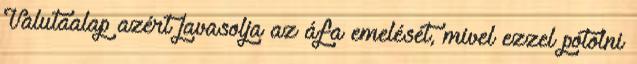
Valutaalap azért javasolja az áfa emelését, mivel ezzel pótolni